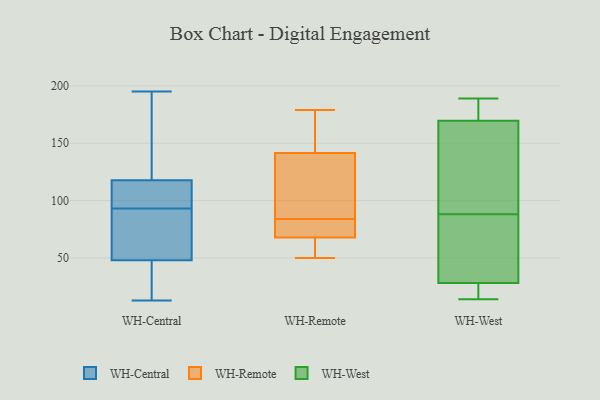
{"axis": {"x": "Customer Acquisition Cost (USD)", "y": "Value"}, "legend": ["WH-Central", "WH-Remote", "WH-West"], "data": [{"x": "", "y": 111, "type": "WH-Central"}, {"x": "", "y": 80, "type": "WH-Central"}, {"x": "", "y": 73, "type": "WH-Central"}, {"x": "", "y": 19, "type": "WH-Central"}, {"x": "", "y": 135, "type": "WH-Central"}, {"x": "", "y": 39, "type": "WH-Central"}, {"x": "", "y": 112, "type": "WH-Central"}, {"x": "", "y": 93, "type": "WH-Central"}, {"x": "", "y": 151, "type": "WH-Central"}, {"x": "", "y": 13, "type": "WH-Central"}, {"x": "", "y": 112, "type": "WH-Central"}, {"x": "", "y": 195, "type": "WH-Central"}, {"x": "", "y": 51, "type": "WH-Central"}, {"x": "", "y": 83, "type": "WH-Remote"}, {"x": "", "y": 56, "type": "WH-Remote"}, {"x": "", "y": 84, "type": "WH-Remote"}, {"x": "", "y": 179, "type": "WH-Remote"}, {"x": "", "y": 158, "type": "WH-Remote"}, {"x": "", "y": 84, "type": "WH-Remote"}, {"x": "", "y": 147, "type": "WH-Remote"}, {"x": "", "y": 70, "type": "WH-Remote"}, {"x": "", "y": 67, "type": "WH-Remote"}, {"x": "", "y": 67, "type": "WH-Remote"}, {"x": "", "y": 112, "type": "WH-Remote"}, {"x": "", "y": 147, "type": "WH-Remote"}, {"x": "", "y": 125, "type": "WH-Remote"}, {"x": "", "y": 121, "type": "WH-Remote"}, {"x": "", "y": 50, "type": "WH-Remote"}, {"x": "", "y": 189, "type": "WH-West"}, {"x": "", "y": 32, "type": "WH-West"}, {"x": "", "y": 177, "type": "WH-West"}, {"x": "", "y": 29, "type": "WH-West"}, {"x": "", "y": 168, "type": "WH-West"}, {"x": "", "y": 14, "type": "WH-West"}, {"x": "", "y": 174, "type": "WH-West"}, {"x": "", "y": 26, "type": "WH-West"}, {"x": "", "y": 63, "type": "WH-West"}, {"x": "", "y": 17, "type": "WH-West"}, {"x": "", "y": 88, "type": "WH-West"}, {"x": "", "y": 123, "type": "WH-West"}, {"x": "", "y": 114, "type": "WH-West"}]}